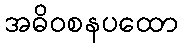
အဓိဝစနပထော